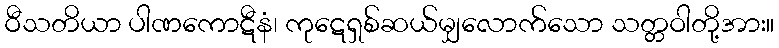
ဝီသတိယာ ပါဏကောဋီနံ၊ ကုဋေရှစ်ဆယ်မျှလောက်သော သတ္တဝါတို့အား။